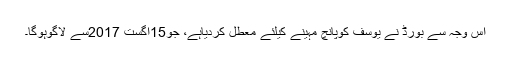
اس وجہ سے بورڈ نے یوسف کوپانچ مہینے کیلئے معطل کردیاہے، جو15اگست 2017سے لاگوہوگا۔